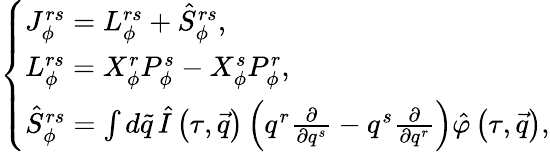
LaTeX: \left\{ \begin{array}{l}{{J_{\phi}^{rs}=L_{\phi}^{rs}+{\hat{S}}_{\phi}^{rs},}}\\ {{L_{\phi}^{rs}=X_{\phi}^{r}P_{\phi}^{s}-X_{\phi}^{s}P_{\phi}^{r},}}\\ {{{\hat{S}}_{\phi}^{rs}=\int d\tilde{q}\, \hat{I}\left(\tau,\vec{q}\right)\left(q^{r}\frac\partial{\partial q^{s}}-q^{s}\frac\partial{\partial q^{r}}\right)\hat{\varphi}\left(\tau,\vec{q}\right),}}\end{array}\right.